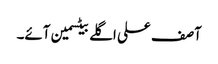
آصف علی اگلے بیٹسمین آئے۔